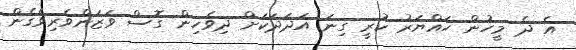
އެ ދެ މީހުން ހައްޔަރު ކުރީ ގިނަ އަދަދަކަށް ދިވެހިން ގޮސް ވަޒަންވެރިވެގެން